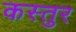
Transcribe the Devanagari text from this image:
कस्तुर